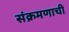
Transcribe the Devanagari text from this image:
संक्रमणाची